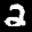
Label: 2